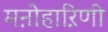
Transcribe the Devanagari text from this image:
मऩोहाऱिणी